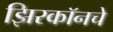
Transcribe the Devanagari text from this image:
झिरकॉनचे